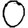
Digit: 0